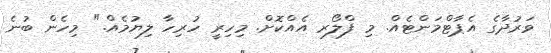
ވަރުދާގެ އެޕާޓްމަންޓެއް. މި ފްލޯރ އެއްކޮށް. މިހިރީ ހުރިހާ ލިޔުމެއް." މިހެން ބުނެ